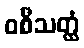
ဝစီသတ္ထံ